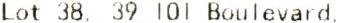
LOT 38, 39 101 BOULEVARD,